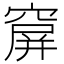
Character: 𥧋